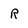
Character: R